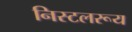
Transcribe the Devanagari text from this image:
निस्टलरूय